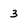
Character: 3